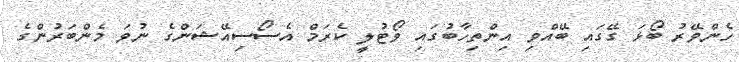
ހެންވޭރު ބޯޅަ ގޭގައި ބޭއްވި އިންތިހާބުގައި ވޯޓުލީ ކެރަމް އެސޯސިއޭޝަންގެ ނުވަ މެންބަރުންގެ